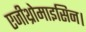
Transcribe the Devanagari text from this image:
एजीथ्रोमाइसिन।